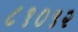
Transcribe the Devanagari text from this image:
८१०९२